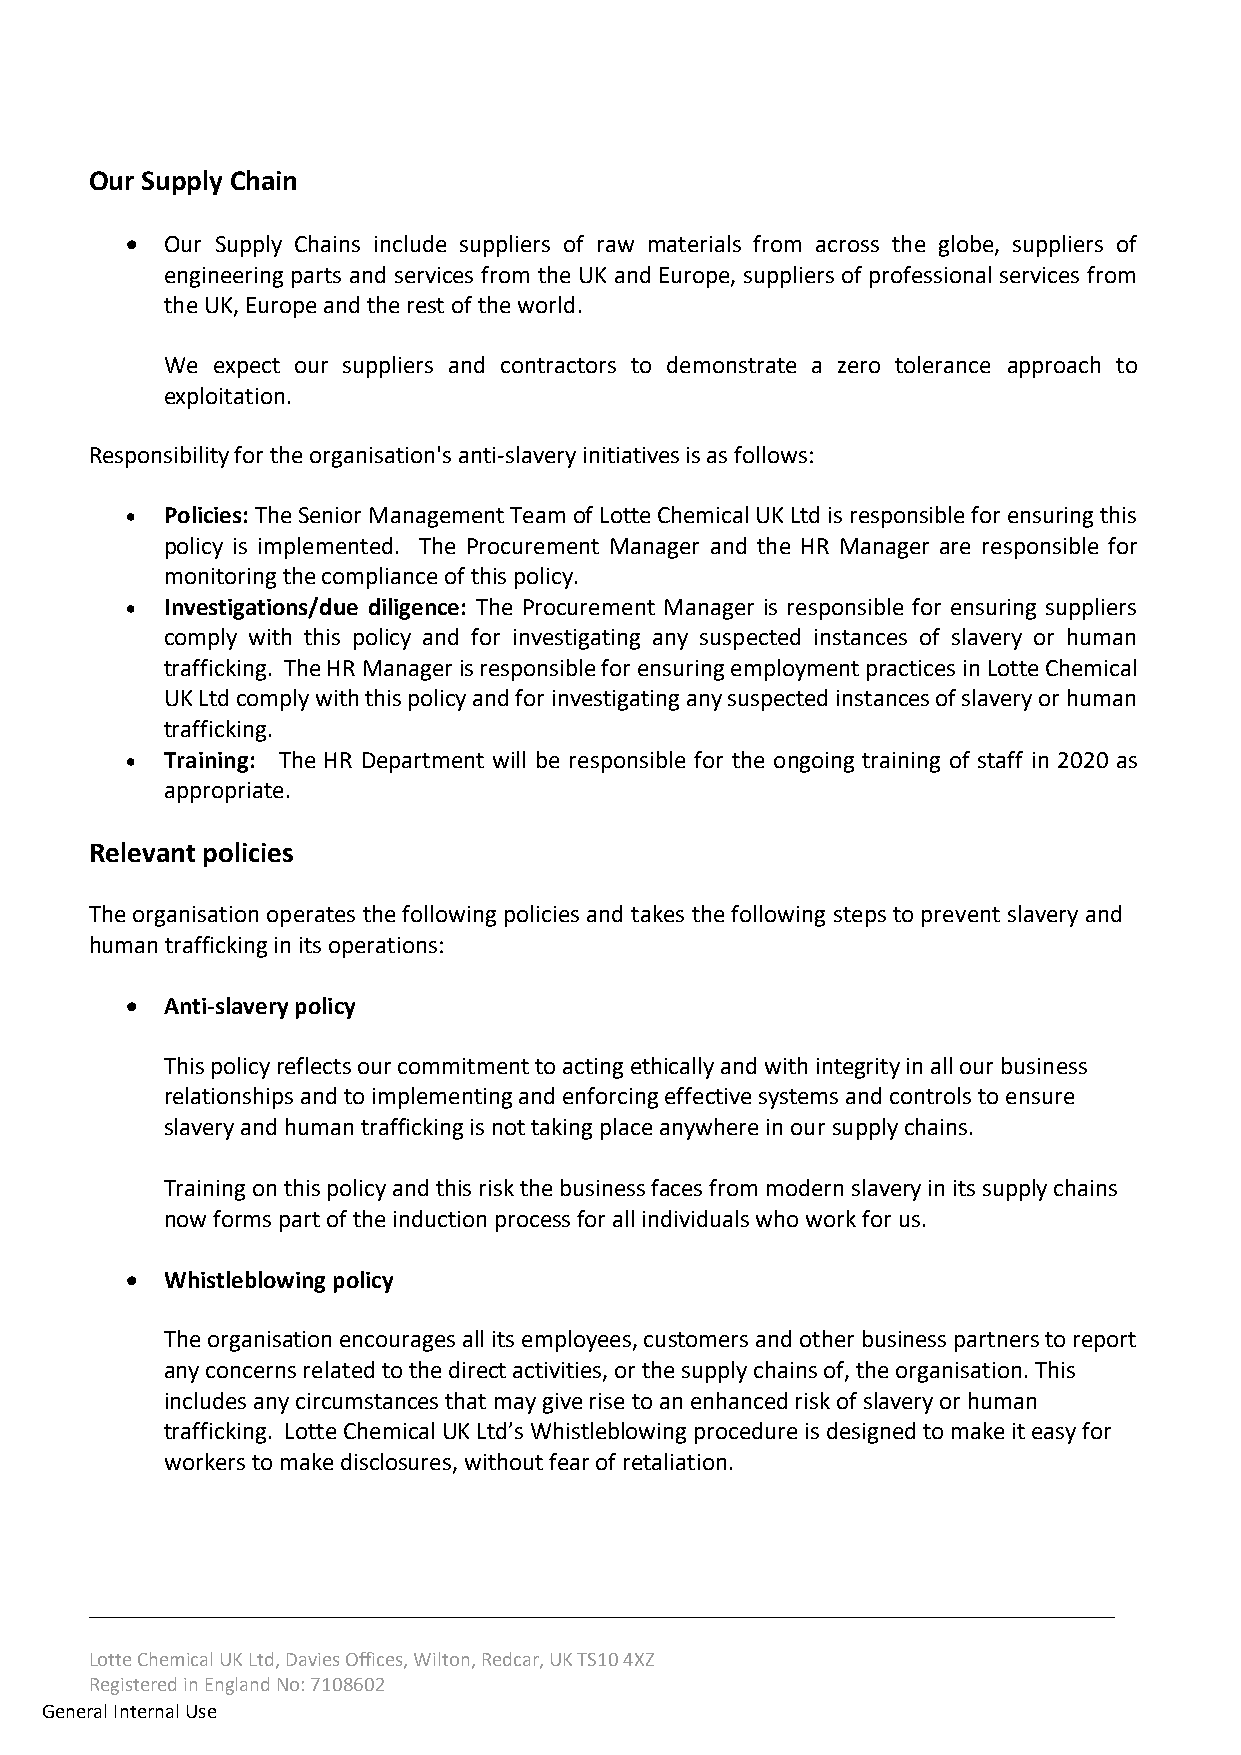
Our Supply Chain
 •  Our Supply Chains include suppliers of raw materials from across the globe, suppliers of
 engineering parts and services from the UK and Europe, suppliers of professional services from
 the UK, Europe and the rest of the world.
 We expect our suppliers and contractors to demonstrate a zero tolerance approach to
 exploitation.
 Responsibility for the organisation's anti-slavery initiatives is as follows:
 •  Policies: The Senior Management Team of Lotte Chemical UK Ltd is responsible for ensuring this
 policy is implemented. The Procurement Manager and the HR Manager are responsible for
 monitoring the compliance of this policy.
 •  Investigations/due diligence: The Procurement Manager is responsible for ensuring suppliers
 comply with this policy and for investigating any suspected instances of slavery or human
 trafficking. The HR Manager is responsible for ensuring employment practices in Lotte Chemical
 UK Ltd comply with this policy and for investigating any suspected instances of slavery or human
 trafficking.
 •  Training: The HR Department will be responsible for the ongoing training of staff in 2020 as
 appropriate.
 Relevant policies
 The organisation operates the following policies and takes the following steps to prevent slavery and
 human trafficking in its operations:
 •  Anti-slavery policy
 This policy reflects our commitment to acting ethically and with integrity in all our business
 relationships and to implementing and enforcing effective systems and controls to ensure
 slavery and human trafficking is not taking place anywhere in our supply chains.
 Training on this policy and this risk the business faces from modern slavery in its supply chains
 now forms part of the induction process for all individuals who work for us.
 •  Whistleblowing policy
 The organisation encourages all its employees, customers and other business partners to report
 any concerns related to the direct activities, or the supply chains of, the organisation. This
 includes any circumstances that may give rise to an enhanced risk of slavery or human
 trafficking. Lotte Chemical UK Ltd’s Whistleblowing procedure is designed to make it easy for
 workers to make disclosures, without fear of retaliation.
 __________________________________________________________________________________
 Lotte Chemical UK Ltd, Davies Offices, Wilton, Redcar, UK TS10 4XZ
 Registered in England No: 7108602
 Gener al Internal Use